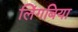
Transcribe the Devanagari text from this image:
लिंगबिया